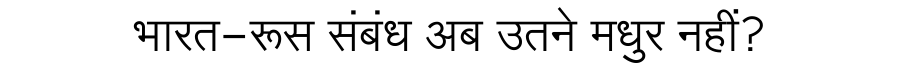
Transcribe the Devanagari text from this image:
भारत-रूस संबंध अब उतने मधुर नहीं?